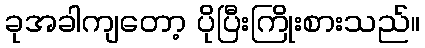
ခုအခါကျတော့ ပိုပြီးကြိုးစားသည်။